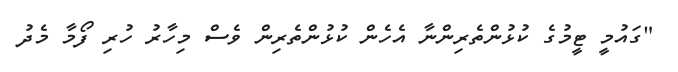
"ގައުމީ ޓީމުގެ ކުޅުންތެރިންނާ އެހެން ކުޅުންތެރިން ވެސް މިހާރު ހުރި ފޯމާ މެދު